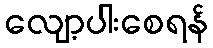
လျော့ပါးစေရန်